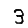
Digit: 3